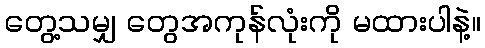
တွေ့သမျှ တွေအကုန်လုံးကို မထားပါနဲ့။